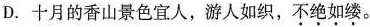
D.十月的香山景色宜人，游人如织，不绝如缕。